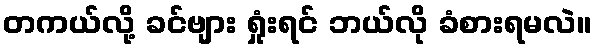
တကယ်လို့ ခင်ဗျား ရှုံးရင် ဘယ်လို ခံစားရမလဲ။